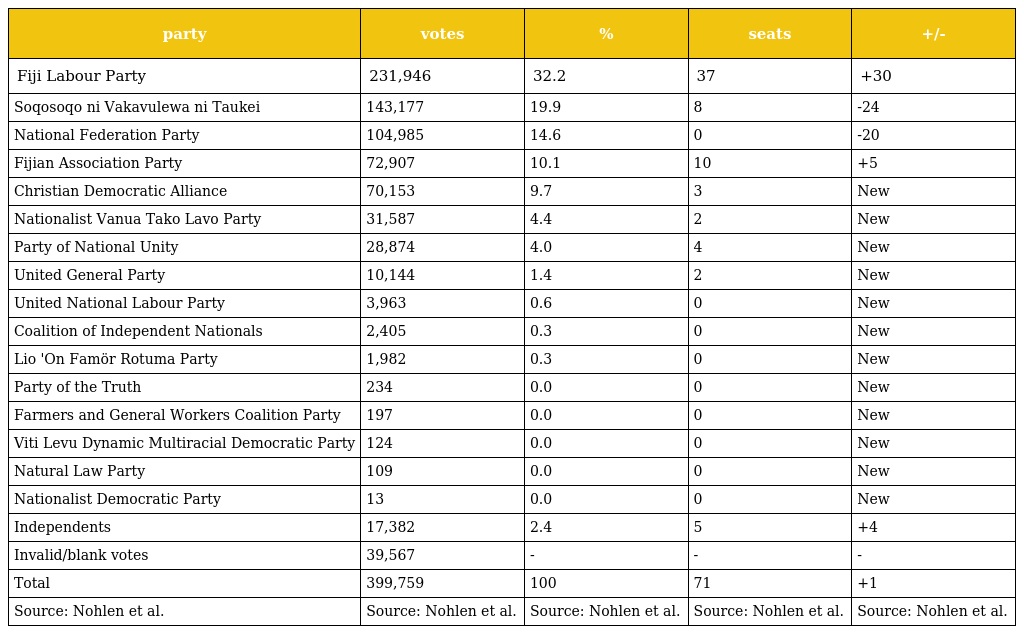
| party | votes | % | seats | +/- |
 | --- | --- | --- | --- | --- |
 | Fiji Labour Party | 231,946 | 32.2 | 37 | +30 |
 | Soqosoqo ni Vakavulewa ni Taukei | 143,177 | 19.9 | 8 | -24 |
 | National Federation Party | 104,985 | 14.6 | 0 | -20 |
 | Fijian Association Party | 72,907 | 10.1 | 10 | +5 |
 | Christian Democratic Alliance | 70,153 | 9.7 | 3 | New |
 | Nationalist Vanua Tako Lavo Party | 31,587 | 4.4 | 2 | New |
 | Party of National Unity | 28,874 | 4.0 | 4 | New |
 | United General Party | 10,144 | 1.4 | 2 | New |
 | United National Labour Party | 3,963 | 0.6 | 0 | New |
 | Coalition of Independent Nationals | 2,405 | 0.3 | 0 | New |
 | Lio 'On Famör Rotuma Party | 1,982 | 0.3 | 0 | New |
 | Party of the Truth | 234 | 0.0 | 0 | New |
 | Farmers and General Workers Coalition Party | 197 | 0.0 | 0 | New |
 | Viti Levu Dynamic Multiracial Democratic Party | 124 | 0.0 | 0 | New |
 | Natural Law Party | 109 | 0.0 | 0 | New |
 | Nationalist Democratic Party | 13 | 0.0 | 0 | New |
 | Independents | 17,382 | 2.4 | 5 | +4 |
 | Invalid/blank votes | 39,567 | - | - | - |
 | Total | 399,759 | 100 | 71 | +1 |
 | Source: Nohlen et al. | Source: Nohlen et al. | Source: Nohlen et al. | Source: Nohlen et al. | Source: Nohlen et al. |